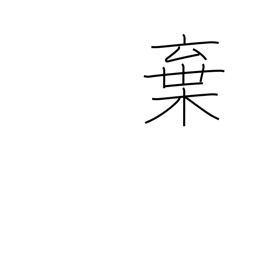
Meaning: discard